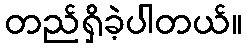
တည်ရှိခဲ့ပါတယ်။